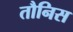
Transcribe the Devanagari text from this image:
तौनिस